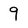
Character: 9